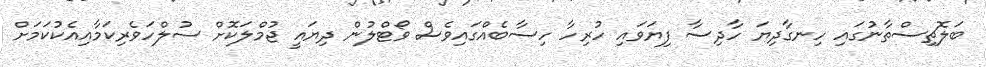
ބަލޮޗިސްތާނުގައި ހިނގާދިޔަ ހާދިސާ ފިޔަވައި ހުރިހާ ހިސާބެއްގައިވެސް ވޯޓްލުން ދިޔައީ ޖުމްލަކޮށް ސުލްހަވެރިކަމާއިއެކުކަމަށް